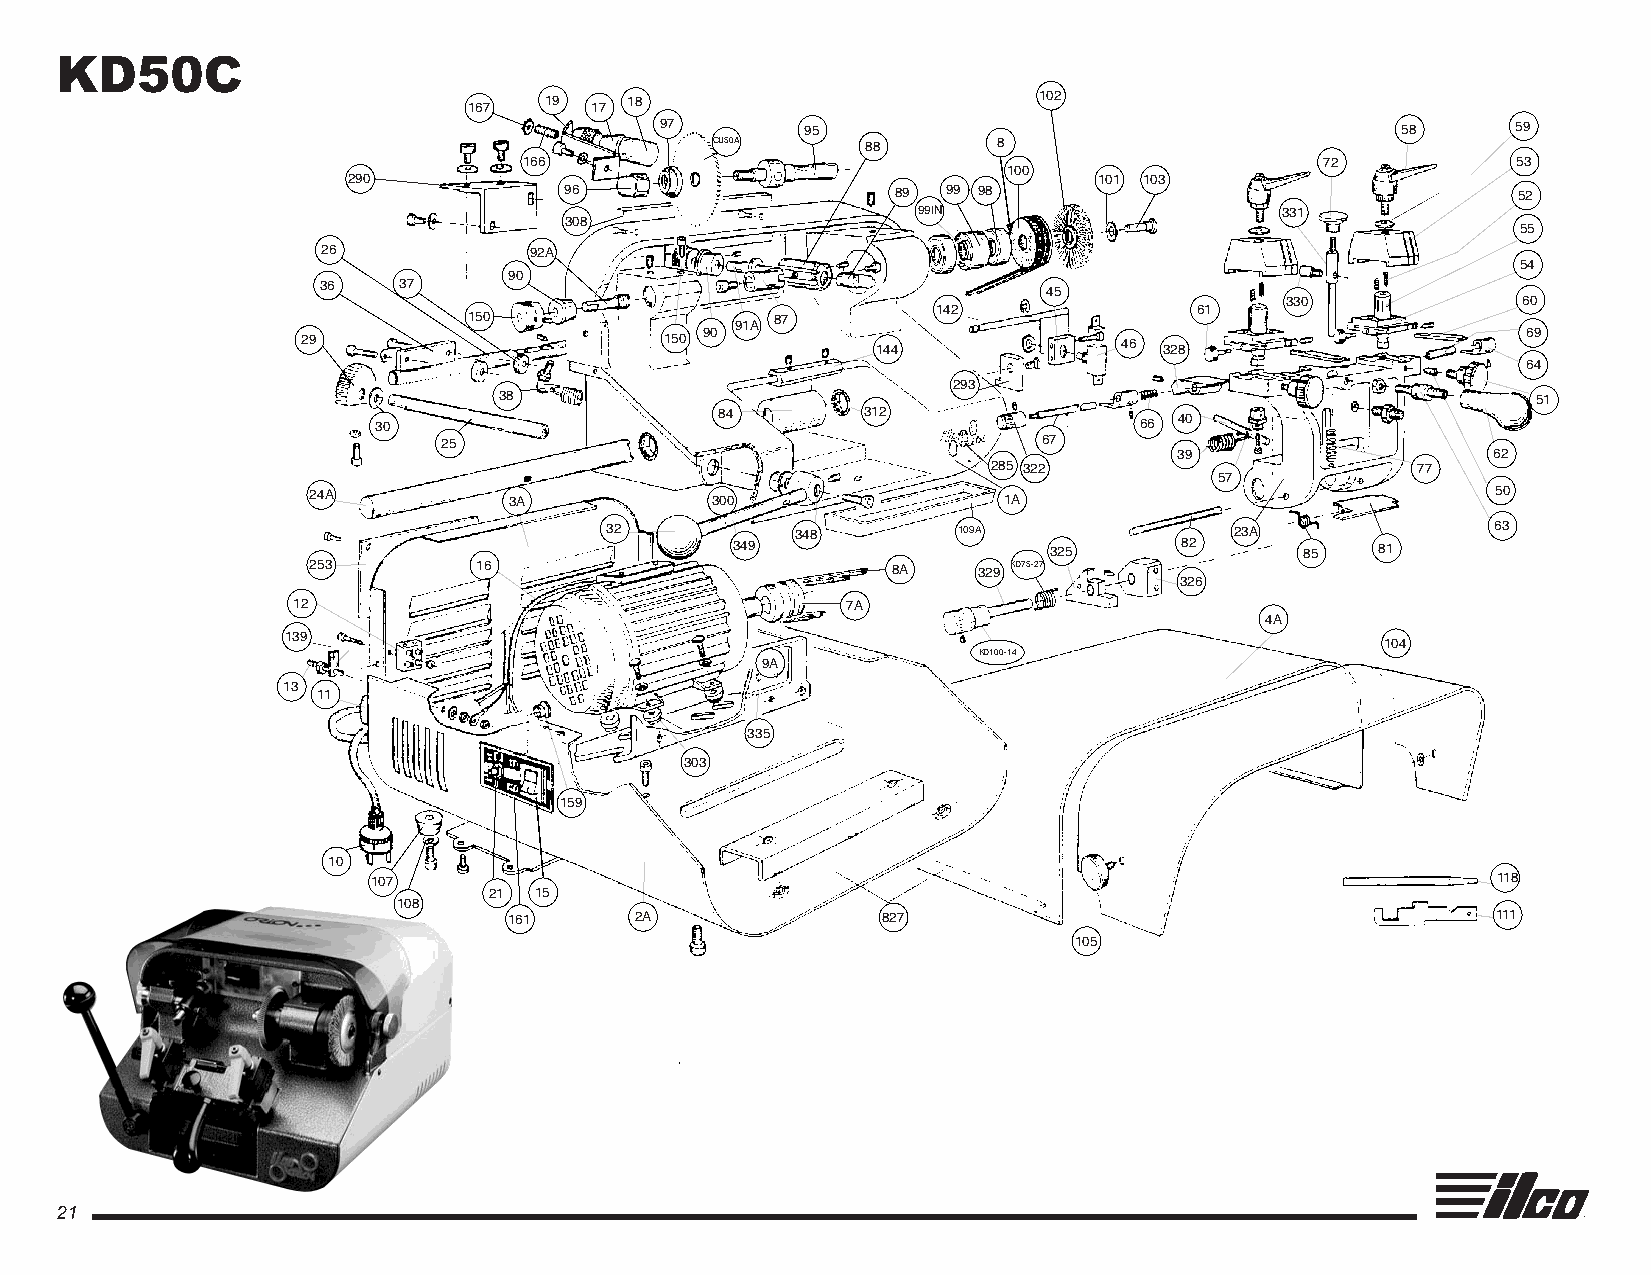
KD50C
 167  19 17 18                         102
 97       95                                      58     59
 CU50A     88       8
 166                                                  72          53
 100
 290                                               101 103
 96                    89  99 98                                52
 99IN                    331
 308
 55
 26            92A
 54
 90
 36   37
 45
 330             60
 142              61
 150                 87
 91A
 29                      150 90        144             46 328                     69
 64
 293
 38                                                                   51
 30                     84       312               66 40
 25                                      67
 39                   62
 285 322                     77
 57
 24A           3A           300                1A                               50
 32           348       109A               23A              63
 349                 325      82      85   81
 253        16                          8A    329 KD75-27
 326
 12                                   7A
 4A
 139
 104
 KD100-14
 9A
 13
 11
 335
 303
 159
 10
 107                                                                       118
 21 15
 108
 161     2A              827                                      111
 105
 21